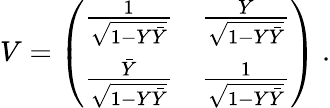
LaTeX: V=\left(\begin{array}{ll}{{{\frac{1}{\sqrt{1-Y\bar{Y}}}}}}&{{{\frac{Y}{\sqrt{1-Y\bar{Y}}}}}}\\ {{{\frac{\bar{Y}}{\sqrt{1-Y\bar{Y}}}}}}&{{{\frac{1}{\sqrt{1-Y\bar{Y}}}}}}\end{array}\right)\ .